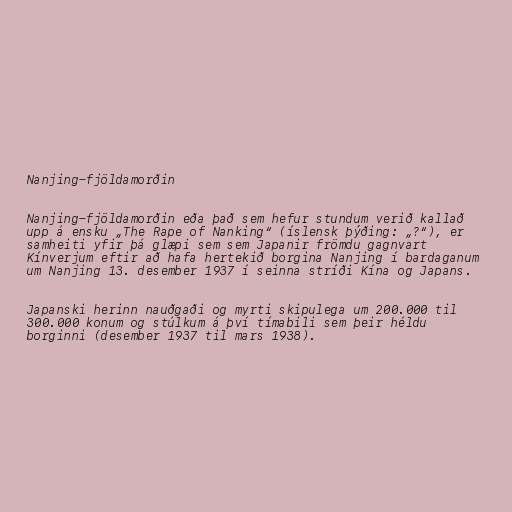
Nanjing-fjöldamorðin

Nanjing-fjöldamorðin eða það sem hefur stundum verið kallað
upp á ensku „The Rape of Nanking“ (íslensk þýðing: „?“), er
samheiti yfir þá glæpi sem sem Japanir frömdu gagnvart
Kínverjum eftir að hafa hertekið borgina Nanjing í bardaganum
um Nanjing 13. desember 1937 í seinna stríði Kína og Japans.

Japanski herinn nauðgaði og myrti skipulega um 200.000 til
300.000 konum og stúlkum á því tímabili sem þeir héldu
borginni (desember 1937 til mars 1938).